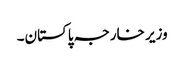
وزیر خارجہ پاکستان۔